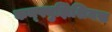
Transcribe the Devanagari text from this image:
कन्फ्युझिशियस